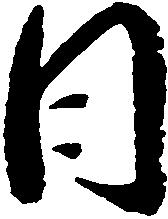
日